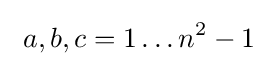
\ a,b,c=1\ldots n^{2}-1~